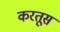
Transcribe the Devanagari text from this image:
करतूस